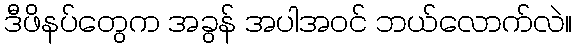
ဒီဖိနပ်တွေက အခွန် အပါအဝင် ဘယ်လောက်လဲ။